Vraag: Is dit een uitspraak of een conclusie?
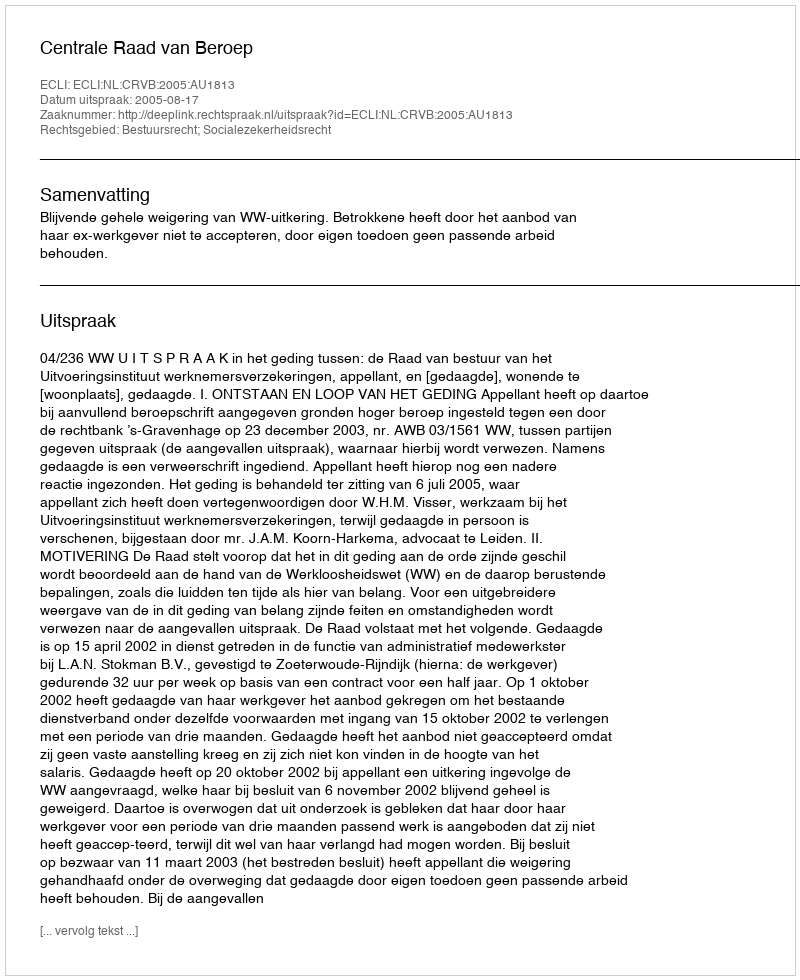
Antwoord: Uitspraak